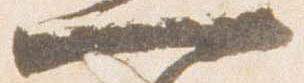
一